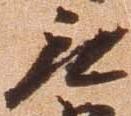
無